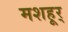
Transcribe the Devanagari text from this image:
मशहूर्